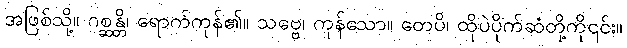
အဖြစ်သို့။ ဂစ္ဆန္တိ၊ ရောက်ကုန်၏။ သဗ္ဗေ၊ ကုန်သော။ တေပိ၊ ထိုပဲပိုက်ဆံတို့ကို၎င်း။